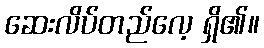
ဆေးလိပ်တည်လေ့ ရှိ၏။